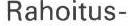
Rahoitus-